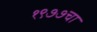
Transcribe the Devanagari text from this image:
१९७७चा